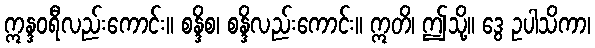
ဣန္ဒဝရီလည်းကောင်း။ စန္ဒိစ၊ စန္ဒိလည်းကောင်း။ ဣတိ၊ ဤသို့။ ဒွေ ဥပါသိကာ၊